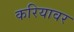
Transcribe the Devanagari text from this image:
करियावर